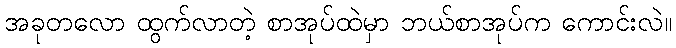
အခုတလော ထွက်လာတဲ့ စာအုပ်ထဲမှာ ဘယ်စာအုပ်က ကောင်းလဲ။